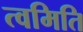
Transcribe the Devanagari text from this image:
त्वमिति